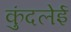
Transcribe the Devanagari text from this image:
कुंदलेई